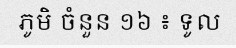
ភូមិ ចំនួន ១៦ ៖ ទូល